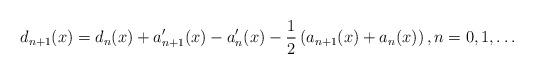
LaTeX: \begin{align*}d_{n+1}(x)=d_{n}(x)+a_{n+1}^{\prime}(x)-a_{n}^{\prime}(x)-\frac{1}{2}\left(a_{n+1}(x)+a_{n}(x)\right) ,n=0,1,\ldots\end{align*}